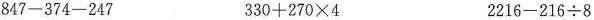
$$847-374-247$$ $$330+270 \times 4$$ $$2216-216 \div 8$$